Leaving Certificate Examination (including Day School Certificate (Higher) General paper), 1933
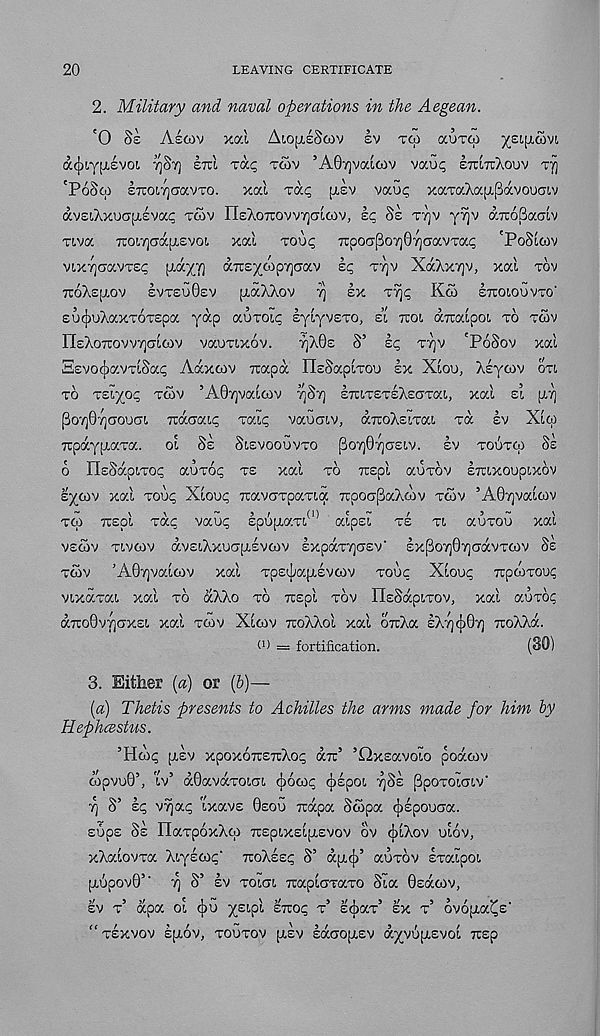
20
LEAVING CERTIFICATE
2. Military and naval operations in the Aegean.
'0 Se ASGIV xocl Aio^eScov ev TGI aurco x £I •[ x “ v, ■
acjxy^EVO!, ^ST] STUI 'ZU.C, TGIV ’A07]vaicov vau<; ETttTrXouv TT)
'POSG) ETcoiTjcocvTo.
xal Ta<; [rev vau<; xaraXafTpavoumv
dveAxuo[i,£vac TCOV IIsXoTrovvTjcjicov, Ic Se T‘/]V yTjv aTroBaaiv
viva TTOiTjadfLEvot, xal TOU^ 7rpo(jpo7]07]GavTac; 'PoStcov
viX7]cravT£? (idy/j dxEyoipycav Ip TT]V XdXxyv, xal TOV
TUoXeplOV
SVT£U0£V [xaXXov ^ lx
KCO
ITOXOUVTO'
EuiuXaxTOTEpa yap auroip lylyvETO, ii TTOI aTralpot, TO TAV
n£X0TC0VV7)alc0V VaOTIXOV.
7]X0£ S’ Ip T7]V 'PoSov xal
SEvocjjavTiSap Adxcov Tuapd IlESaplTOu lx Xloo, Xlycov on
TO TEi^/op TCOV ’A07]val(ov ^ST] liUTETEXEaTai, xal £1 p.7)
Po7)07]aouGi Trdaaip Taip vauaiv, diuoXsiTai TCC IV Xlio
npdypiaTa.
ol SE SIEVOOGVTO po7j0r]GEiv. Iv TOOTW SE
o IIsSdpiTop auTop TE xal TO xspl auTOV Imxoupixov
E^tov xal Toup Xloop TcavGTpaTia Tcpoo-paXcov TCOV ’A07]vaio)v
TO) TCEpl Tap vaup IpupiaTi 01 aipsi TE TI auTOu xal
VECOV TIVCOV d.VElXxUC7[XEVO)V IxpaTTJGEV' lxPo7]07]CTaVTO)V SE
TO)V
’A07)VaiO)V xal Tp»a{XEVO)V TOUC Xloup TCpOITOUp
vixaTai xal TO dXXo TO Ttspl TOV ITsSapiTOV, xal auTop
dTCO0v7]GX£i xal TO)V Xloiv rcoXXol xal OTtXa IXT](J)07] noXXd.
(0 = fortification.
(30)
3. Either (a) or (&)—
(a) Thetis presents to Achilles the arms made for him by
Hephcestus.
’Hwp [xlv xpoxoTCExXop dir’ ’Oxsavoio podcov
copvu0’, iv’ d0avaTOiai (jjooop (jjlpoi ^Sl PpoToiaiv'
7] S’ Ip v^ap ixavs 0EOI) rcdpa Scopa ^Ipouaa.
EUpE Si IlaTpOxXq) TTEplXEipiEVOV ov (j)iXov ulov,
xXalovTa Xiyloip' TroXlsp S’ dpuj)’ auTov ETaipoi
piopov0’' 7] S’ Iv Total TrapiGTaTO Sia 0£ao)v,
EV T’ dpa oi (jio x £l P' [ ' ZKOC, T’ scbaT 5
EX T’ ovopia^s'
“TEXVOV Ipiov, TOOTOV p,£V IdaopiEV d^vS^lEVOl TTEp